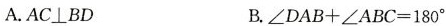
A.AC⊥BD B.∠DAB+∠ABC=180°